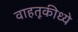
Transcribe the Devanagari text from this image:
वाहतूकीध्ये